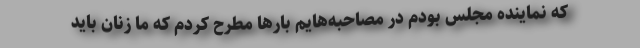
که نماینده مجلس بودم در مصاحبه‌هایم بارها مطرح کردم که ما زنان باید